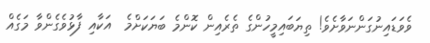
ވެވަޑައިނުގަންނަވާށެވެ! ތިޔަބައިމީހުންގެ ތެރެއިން ކޮންމެ ބަޔަކަށްމެ  އަކާއި ފާޅުވެގެންވާ މަގެއް